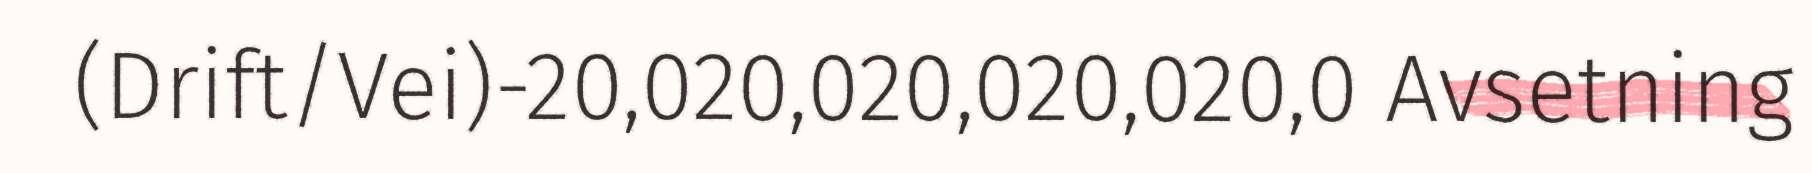
(Drift/Vei)-20,020,020,020,020,0 Avsetning